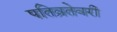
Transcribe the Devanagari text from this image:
पतिव्रतेवरी